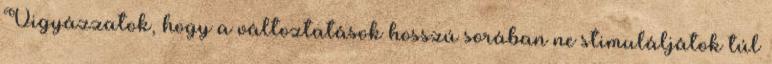
Vigyázzatok, hogy a változtatások hosszú sorában ne stimuláljátok túl